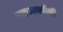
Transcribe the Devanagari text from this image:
महत्वकाँक्षी